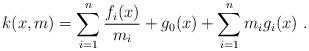
LaTeX: \begin{align*}k(x,m)=\sum_{i=1}^n \frac{f_i(x)}{m_i}+g_0(x)+\sum_{i=1}^n m_i g_i(x)\ . \end{align*}